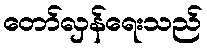
တော်လှန်ရေးသည်